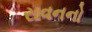
રાવનનો